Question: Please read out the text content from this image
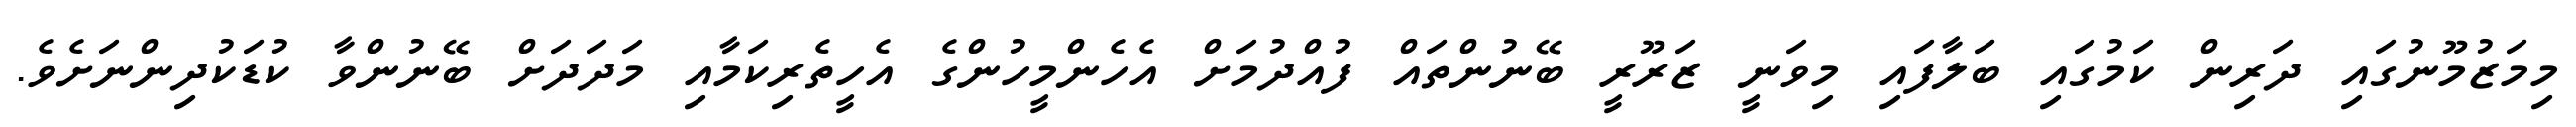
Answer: މިމަޒުމޫނުގައި ދަރިން ކަމުގައި ބަލާފައި މިވަނީ ޒަރޫރީ ބޭނުންތައް ފުއްދުމަށް އެހެންމީހުންގެ އެހީތެރިކަމާއި މަދަދަށް ބޭނުންވާ ކުޑަކުދިންނަށެވެ.